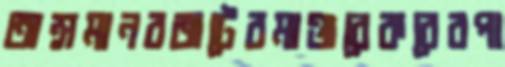
অন্সমানবজটেরমাঞ্জরেকরেরপা